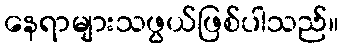
နေရာများသဖွယ်ဖြစ်ပါသည်။